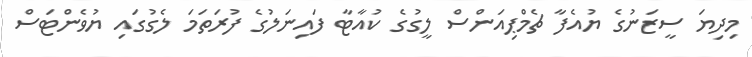
މިދިޔަ ސީޒަނުގެ ޔުއެެފާ ޗެމްޕިއަންސް ލީގުގެ ކުއާޓާ ފައިނަލުގެ ފުރަތަމަ ލެގުގައި ޔުވެންޓަސް